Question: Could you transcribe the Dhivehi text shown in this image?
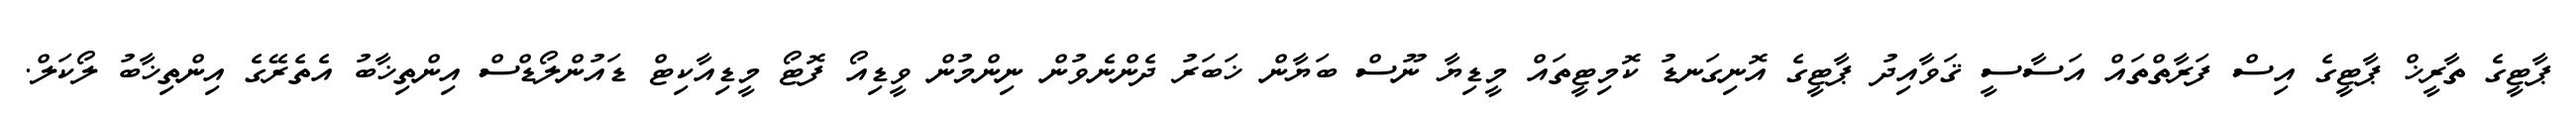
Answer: ޕާޓީގެ ތާރީޚް ޕާޓީގެ އިސް ފަރާތްތައް އަސާސީ ޤަވާއިދު ޕާޓީގެ އޮނިގަނޑު ކޮމިޓީތައް މީޑިޔާ ނޫސް ބަޔާން ޚަބަރު ދެންނެވުން ނިންމުން ވީޑިއޯ ފޮޓޯ މީޑިއާކިޓް ޑައުންލޯޑްސް އިންތިޚާބު އެތެރޭގެ އިންތިޚާބު ލޯކަލް.